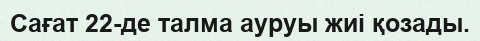
Сағат 22-де талма ауруы жиі қозады.